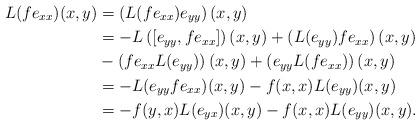
LaTeX: \begin{align*}L(fe_{xx})(x,y)&=\left(L(fe_{xx})e_{yy}\right)(x,y)\\&=-L\left([e_{yy},fe_{xx}]\right)(x,y)+\left(L(e_{yy})fe_{xx}\right)(x,y)\\&-\left(fe_{xx}L(e_{yy})\right)(x,y)+\left(e_{yy}L(fe_{xx})\right)(x,y)\\&=-L(e_{yy}fe_{xx})(x,y)-f(x,x)L(e_{yy})(x,y)\\&=-f(y,x)L(e_{yx})(x,y)-f(x,x)L(e_{yy})(x,y).\end{align*}